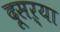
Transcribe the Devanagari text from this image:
दूसऱ्या